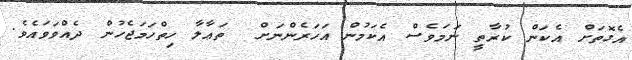
އެގޮތަށް އެކަން ކުރާތީ ނަމަވެސް އެކަމުން އަހަރެންނަށް  ތަޢާލާ ހިތްހަމަޖެހުން ދެއްވަވައެވެ.